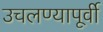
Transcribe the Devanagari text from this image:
उचलण्यापूर्वी